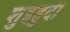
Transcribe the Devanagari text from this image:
शुइहुदी